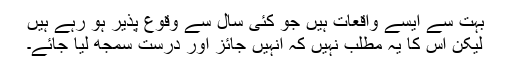
بہت سے ایسے واقعات ہیں جو کئی سال سے وقوع پذیر ہو رہے ہیں
لیکن اس کا یہ مطلب نہیں کہ انہیں جائز اور درست سمجھ لیا جائے۔